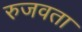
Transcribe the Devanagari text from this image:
रुजवता